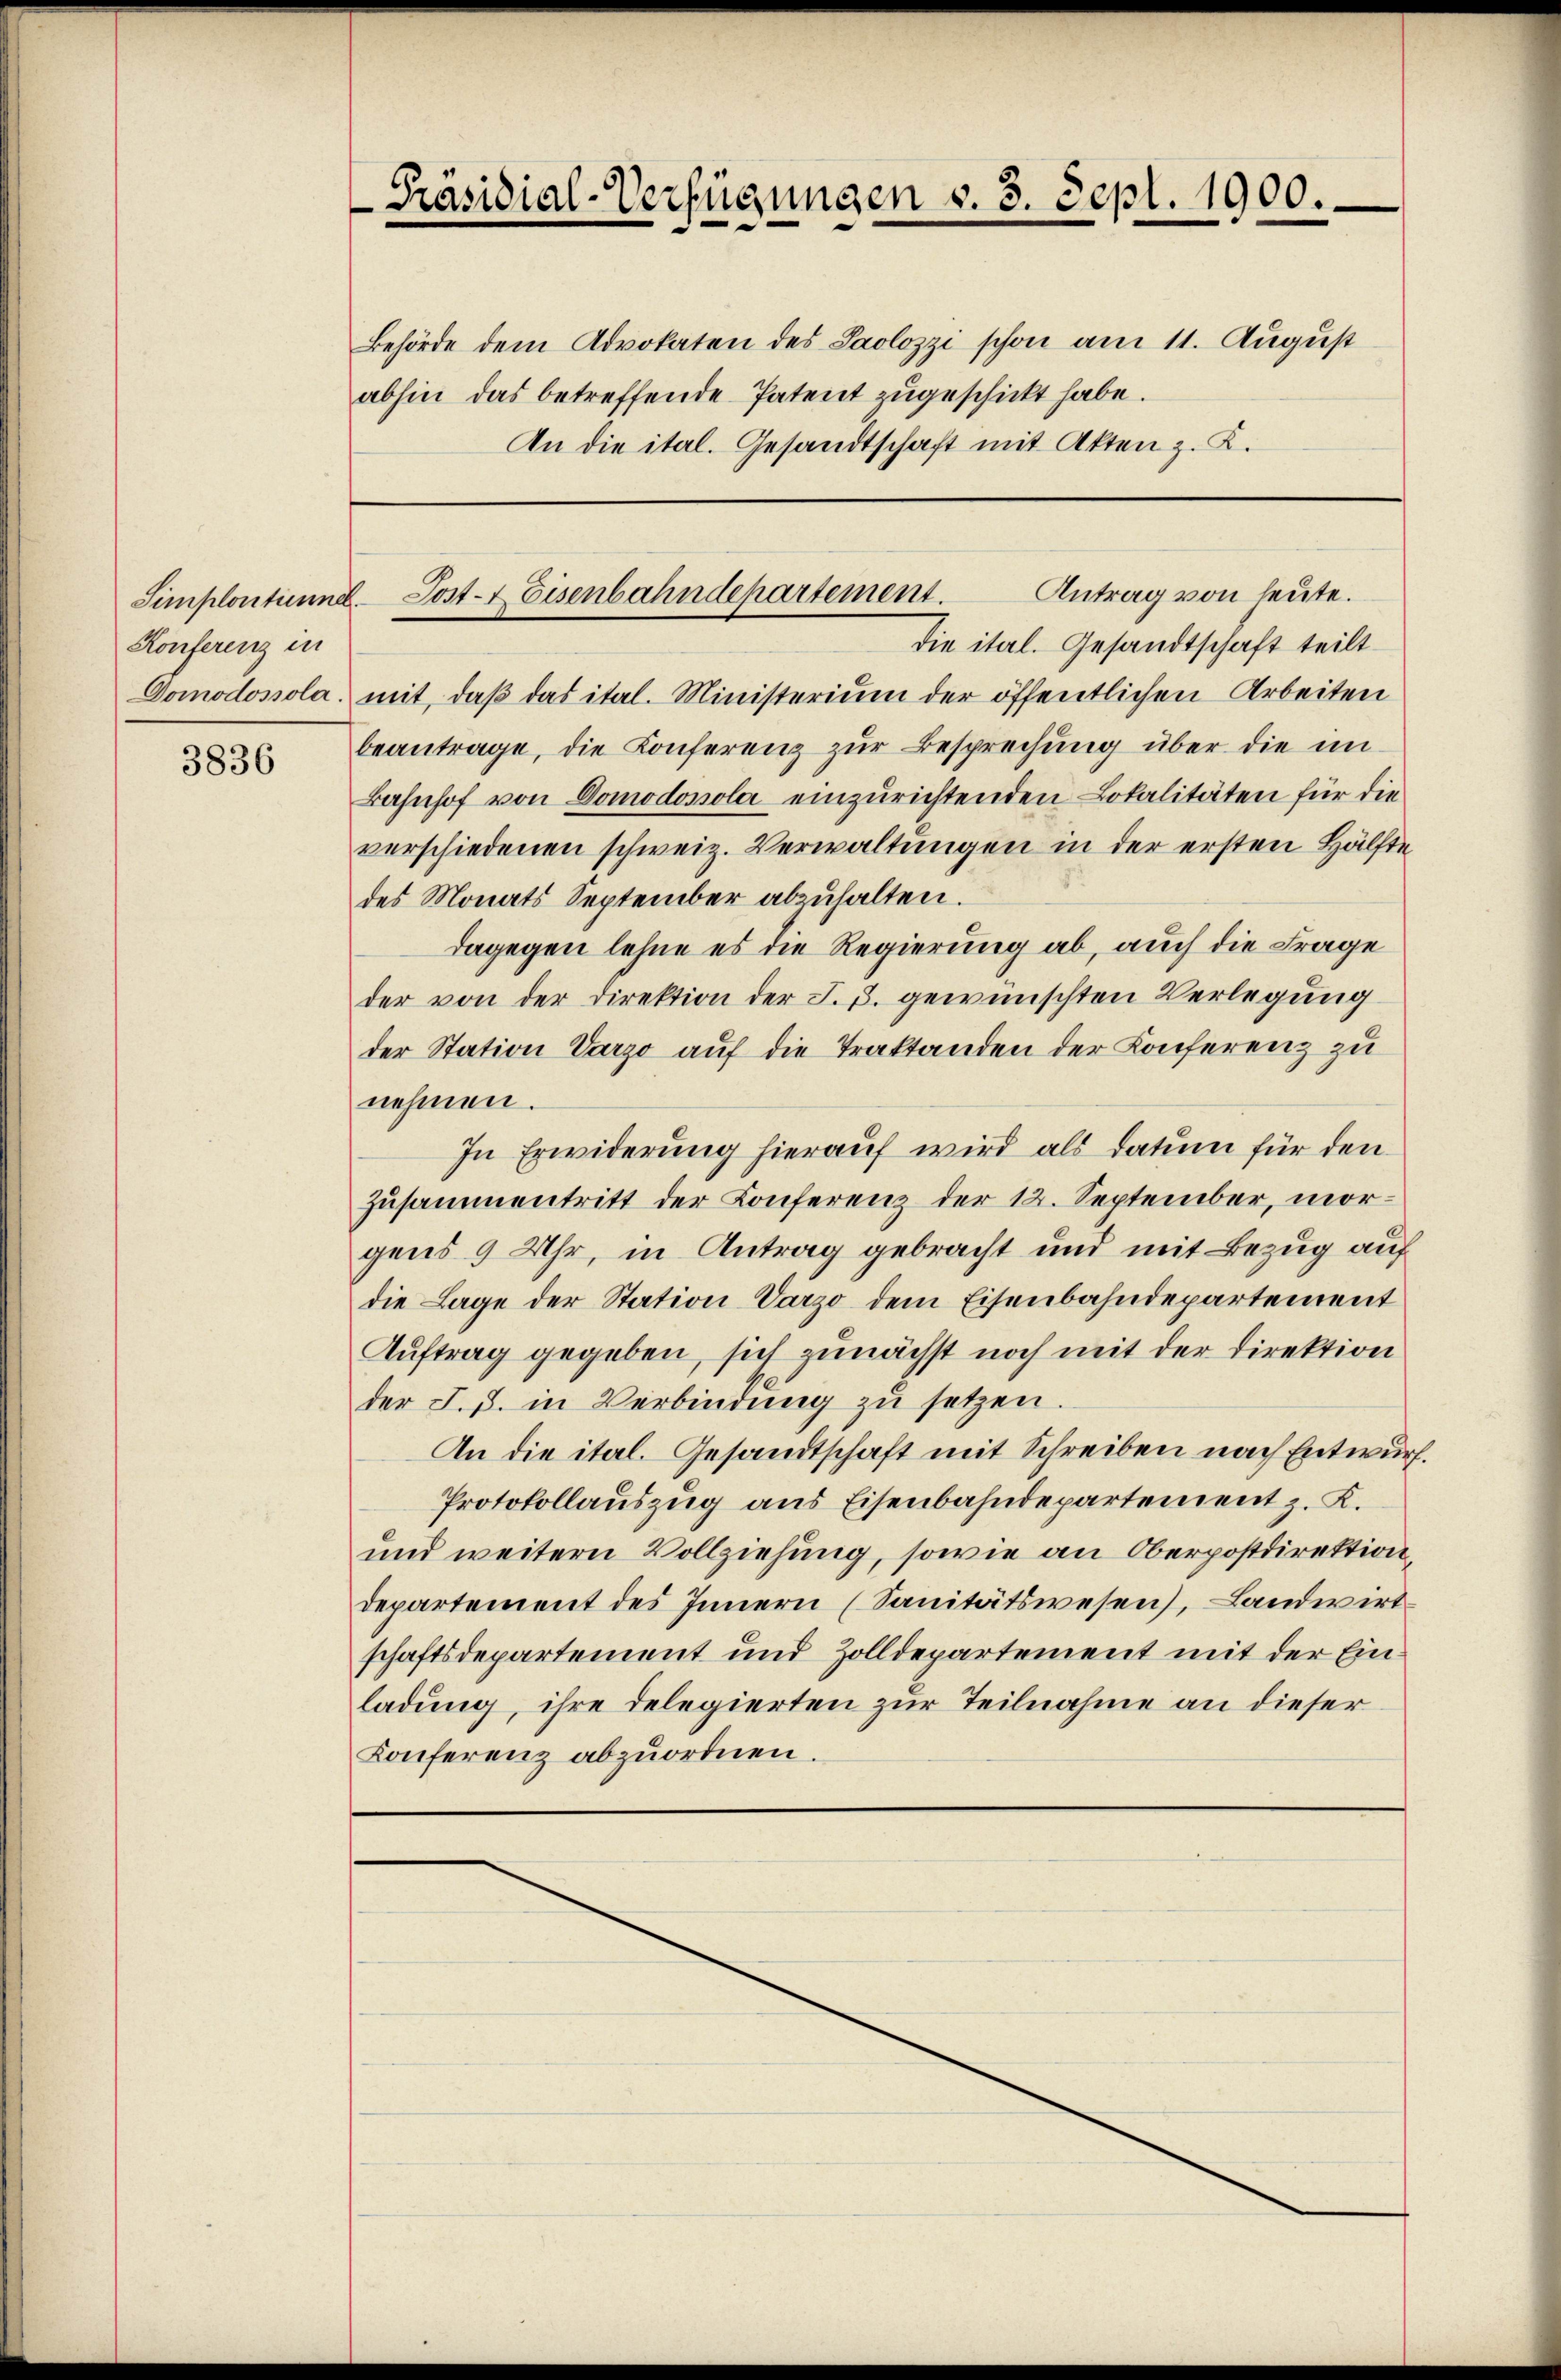
Konferenz in

3836

Behörde dem Advokaten des Saolozzi schon am 11. August
abhin das betreffende Patent zugeschickt habe.
An die ital. Gesandtschaft mit Akten z. K.

-Präsidial-Verfügungen v. 3. Sept. 1900.

Antrag von heute.
Simplontinne Post- & Eisenbahndehartement.
die ital. Gesandtschaft teilt

Domodossola mit, daβ das ital. Ministerium der öffentlichen Arbeiten
beantrage, die Konferenz zur Besprechung über die un¬
Bahnhof von Domodonola einzurichtenden Lokalitäten für die
verschiedenen schweiz. Verwaltungen in der ersten Hälfte
des Monats September abzuhalten.
dagegen lehne es die Regierung ab, auch die Frage
der von der Direktion der J. J. gewünschten Verlegung
der Station Varzo auf die Traktanden der Konferenz zu
nehmen.
In Erwiderung hierauf wird als Datum für den
Zusammentritt der Konferenz der 12. September, morgens 9 Uhr, in Antrag gebracht und mit Bezug auf
die Lage der Station Varzo dem Eisenbahndepartement
Auftrag gegeben, sich zunächst noch mit der Direktion
der J. J. in Verbindung zu setzen.
An die ital. Gesandtschaft mit Schreiben nach Entwurf.
Protokollauszug aus Eisenbahndepartement z. K.
und weitern Vollziehung, sowie an Oberpostdirektion,
departement des Innern (Sanitätswesen), Landwirt
schaftsdepartement und Zolldepartement mit der Einladung, ihre delegierten zur Teilnahme an dieser
Konferenz abzuordnen.